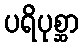
ပရိပုစ္ဆာ